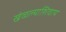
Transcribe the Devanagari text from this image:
खेळल्याशिवाय